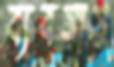
ব্যবসায়